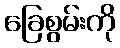
ခြေစွမ်းကို